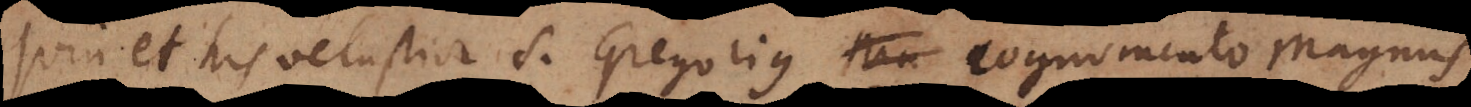
quin et his vetustior S. Gregorius cognomento Magnus